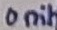
Text: unit